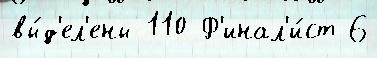
вы́д'ел'ены 110 Ф'инал'и́ст 6